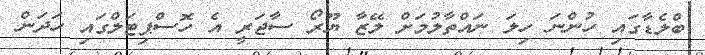
ބްލެޑާގައި ހުންނަ ހިލަ ނައްތާލުމަށް ލޭޒާ ޔޫރޯ ސާޖަރީ އެ ހޮސްޕިޓަލްގައި ހަދަން